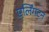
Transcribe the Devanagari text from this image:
एर्लिंगटन